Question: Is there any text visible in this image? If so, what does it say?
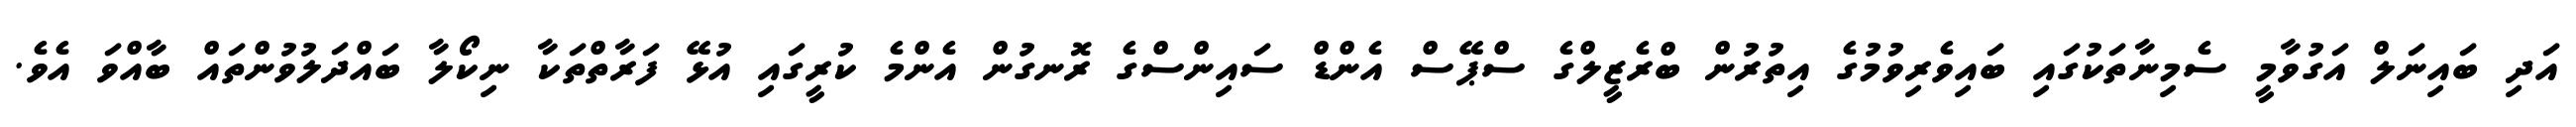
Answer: އަދި ބައިނަލް އަގުވާމީ ސެމިނާތަކުގައި ބައިވެރިވުމުގެ އިތުރުން ބްރެޒީލްގެ ސްޕޭސް އެންޑް ސައިންސްގެ ރޮނގުން އެންމެ ކުރީގައި އުޅޭ ފަރާތްތަކާ ނިކޯލާ ބައްދަލުވުންތައް ބާއްވަ އެވެ.